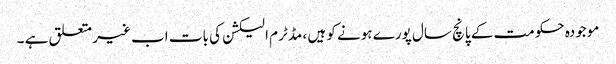
موجودہ حکومت کے پانچ سال پورے ہونے کو ہیں ، مڈٹرم الیکشن کی بات اب غیر متعلق ہے ۔